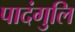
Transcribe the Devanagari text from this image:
पादंगुलि